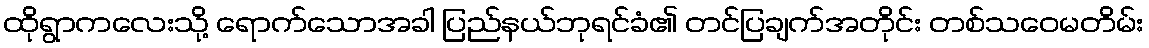
ထိုရွာကလေးသို့ ရောက်သောအခါ ပြည်နယ်ဘုရင်ခံ၏ တင်ပြချက်အတိုင်း တစ်သဝေမတိမ်း